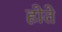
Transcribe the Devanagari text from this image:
होते